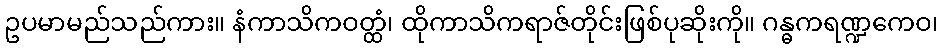
ဥပမာမည်သည်ကား။ နံကာသိကဝတ္ထံ၊ ထိုကာသိကရာဇ်တိုင်းဖြစ်ပုဆိုးကို။ ဂန္ဓကရဏ္ဍကေဝ၊